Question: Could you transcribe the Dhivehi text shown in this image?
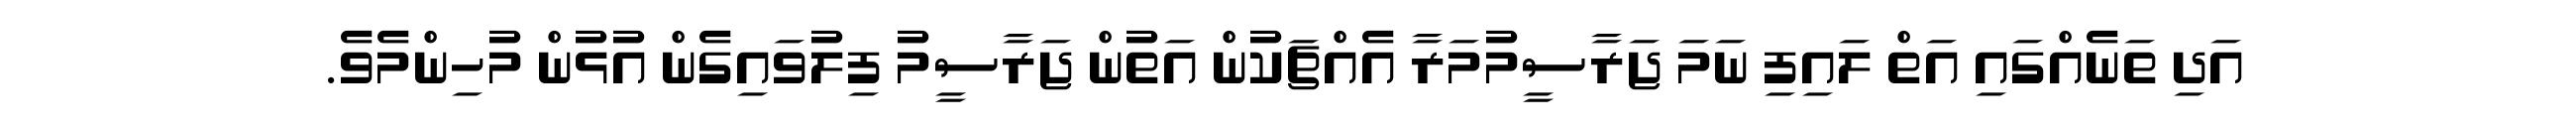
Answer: އަދި ތަނެއްގައި އަތް ލައިފި ނަމަ ޖަރާސީމުމަރާ އެއްޗަކުން އަތުން ޖަރާސީމު ފިލުވައިގެން އުޅުން މުހިންމެވެ.